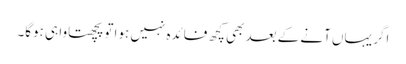
اگر یہاں آنے کے بعد بھی کچھ فائدہ نہیں ہوا تو پچھتاوا ہی ہوگا۔